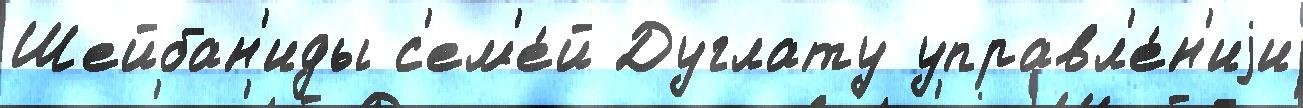
Шейбан'иды с'ем'е́й Дуглату управл'е́н'иjи